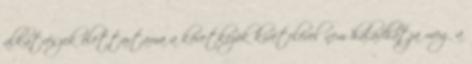
alkatrészek élettartama a következõk kivételével nem haladhatja meg a